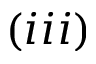
( i i i )